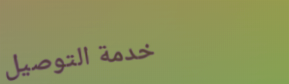
خدمة التوصيل